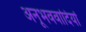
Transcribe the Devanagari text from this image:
अनूभववादियों